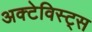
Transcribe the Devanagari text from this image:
अक्टेविस्ट्स